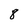
Character: 8